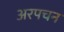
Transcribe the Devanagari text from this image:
अरपचन